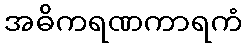
အဓိကရဏကာရကံ